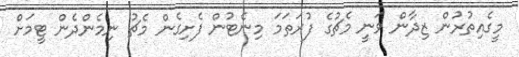
މީގެއިތުރުން ޒިދާން ވަނީ މެޗުގެ ފުރަތަމަ މިނެޓުން ފެށިގެން މެޗު ނިމެންދެން ޓީމަށް